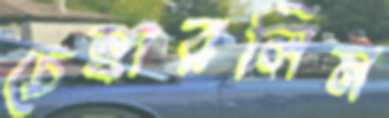
চেম্বারলিন